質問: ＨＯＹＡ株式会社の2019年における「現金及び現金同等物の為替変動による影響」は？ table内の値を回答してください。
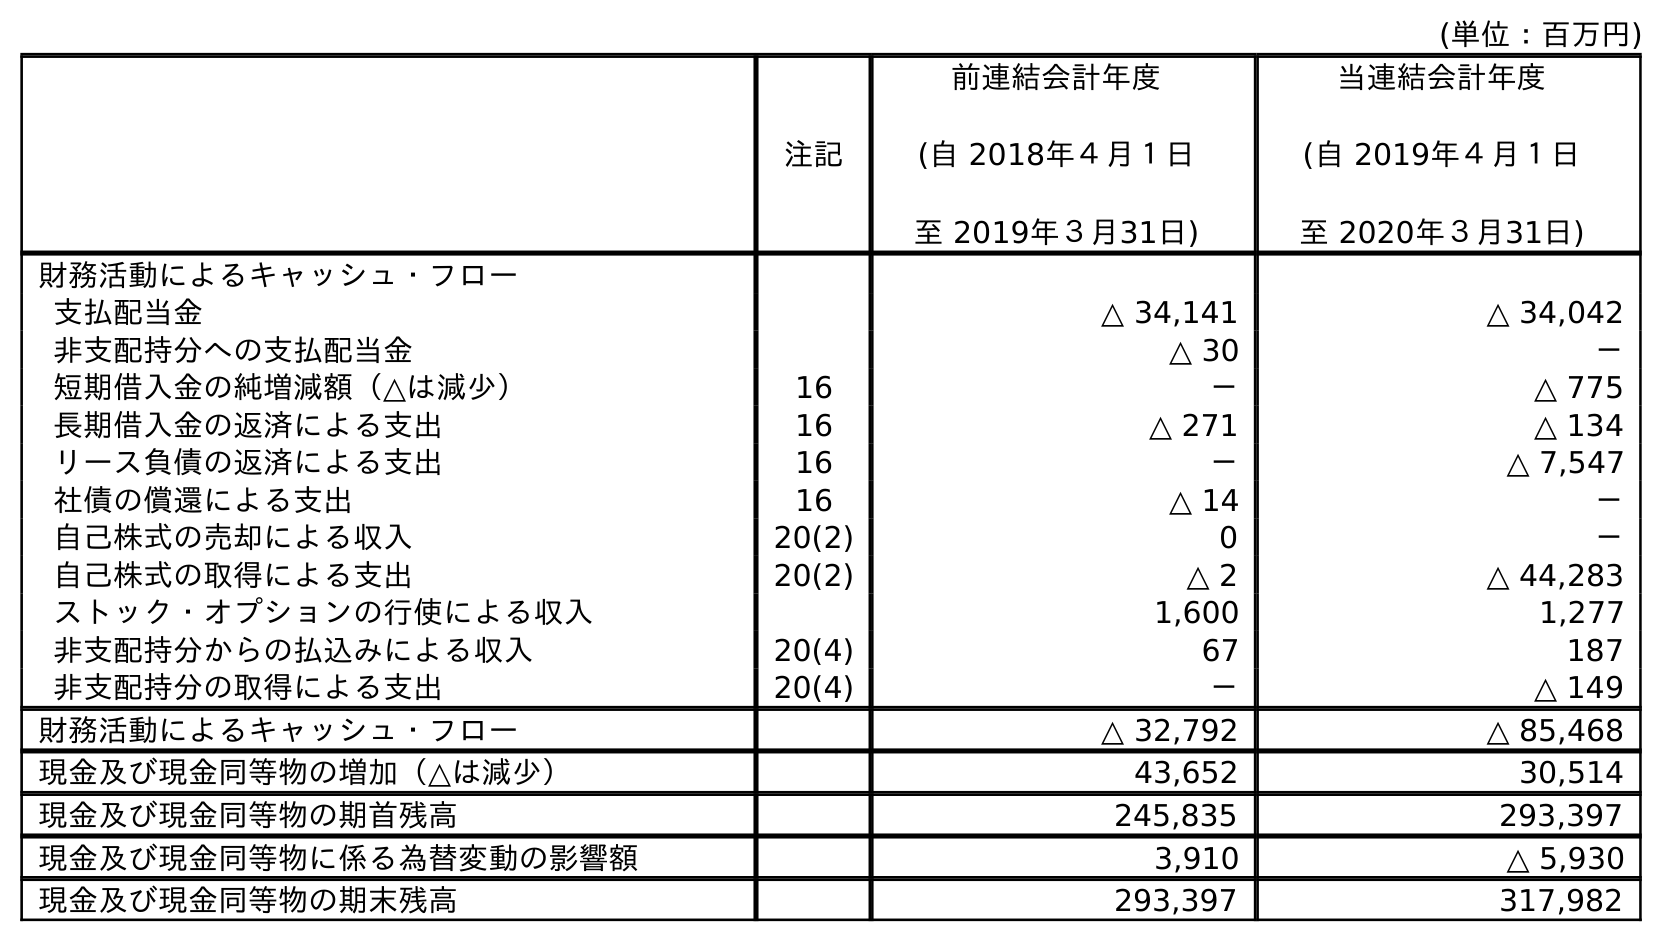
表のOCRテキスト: (単位：百万円) 注記 前連結会計年度 (自 2018年４月１日 至 2019年３月31日) 当連結会計年度 (自 2019年４月１日 至 2020年３月31日) 財務活動によるキャッシュ・フロー 支払配当金 △ 34,141 △ 34,042 非支配持分への支払配当金 △ 30 － 短期借入金の純増減額（△は減少） 16 － △ 775 長期借入金の返済による支出 16 △ 271 △ 134 リース負債の返済による支出 16 － △ 7,547 社債の償還による支出 16 △ 14 － 自己株式の売却による収入 20(2) 0 － 自己株式の取得による支出 20(2) △ 2 △ 44,283 ストック・オプションの行使による収入 1,600 1,277 非支配持分からの払込みによる収入 20(4) 67 187 非支配持分の取得による支出 20(4) － △ 149 財務活動によるキャッシュ・フロー △ 32,792 △ 85,468 現金及び現金同等物の増加（△は減少） 43,652 30,514 現金及び現金同等物の期首残高 245,835 293,397 現金及び現金同等物に係る為替変動の影響額 3,910 △ 5,930 現金及び現金同等物の期末残高 293,397 317,982
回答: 3,910